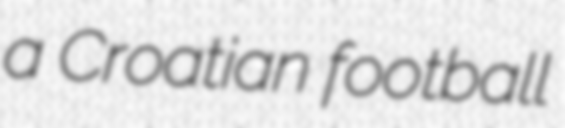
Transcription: a Croatian football